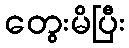
တွေးမိပြီး